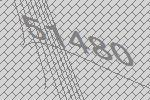
51480